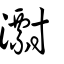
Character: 㵱